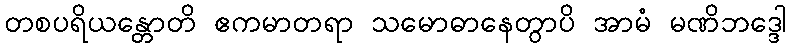
တစပရိယန္တောတိ ဧကမာတရာ သမောဓာနေတွာပိ အာမံ မဏိဘဒ္ဒေါ